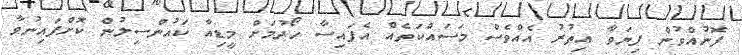
ފޮނުއްވުން ފިޔަވާ އިތުރު އެއްވެސް މަސައްކަތެއް އެފައިސާ ހޯދުމަށް މީޑިއާ ކައުންސިލުން ކޮށްފައިނުވާ